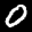
Label: 0